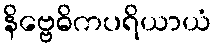
နိဗ္ဗေဓိကပရိယာယံ